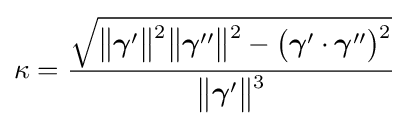
\kappa ={\frac {\sqrt {{\bigl \|}{\boldsymbol {\gamma }}'{\bigr \|}{\vphantom {'}}^{2}{\bigl \|}{\boldsymbol {\gamma }}''{\bigr \|}{\vphantom {'}}^{2}-{\bigl (}{\boldsymbol {\gamma }}'\cdot {\boldsymbol {\gamma }}''{\bigr )}{\vphantom {'}}^{2}}}{{\bigl \|}{\boldsymbol {\gamma }}'{\bigr \|}{\vphantom {'}}^{3}}}